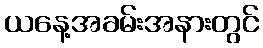
ယနေ့အခမ်းအနားတွင်